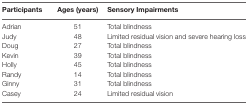
<table><thead><tr><td><b>Participants</b></td><td><b>Ages (years)</b></td><td><b>Sensory Impairments</b></td></tr></thead><tbody><tr><td>Adrian</td><td>51</td><td>Total blindness</td></tr><tr><td>Judy</td><td>48</td><td>Limited residual vision and severe hearing loss</td></tr><tr><td>Doug</td><td>27</td><td>Total blindness</td></tr><tr><td>Kevin</td><td>39</td><td>Total blindness</td></tr><tr><td>Holly</td><td>45</td><td>Total blindness</td></tr><tr><td>Randy</td><td>14</td><td>Total blindness</td></tr><tr><td>Ginny</td><td>31</td><td>Total blindness</td></tr><tr><td>Casey</td><td>24</td><td>Limited residual vision</td></tr></tbody></table>